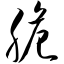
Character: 脆